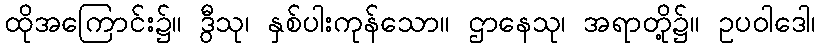
ထိုအကြောင်း၌။ ဒွီသု၊ နှစ်ပါးကုန်သော။ ဌာနေသု၊ အရာတို့၌။ ဥပဝါဒေါ၊